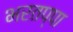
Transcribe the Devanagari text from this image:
भरतप्पा